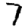
Digit: 7